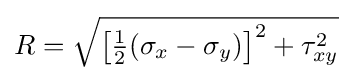
R={\sqrt {\left[{\tfrac {1}{2}}(\sigma _{x}-\sigma _{y})\right]^{2}+\tau _{xy}^{2}}}